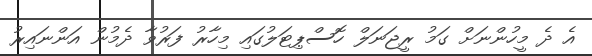
އެ ދެ މީހުންނަށް ގަމު ރީޖަނަލް ހޮސްޕިޓަލުގައި މިހާރު ފަރުވާ ދެމުން އަންނައިރު